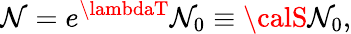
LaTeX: {\cal\mathcal{N}}=e^{\lambdaT}{\cal\mathcal{N}}_{0}\equiv{\calS}{\cal\mathcal{N}}_{0},